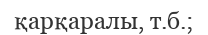
қарқаралы, т.б.;